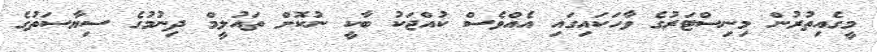
މީގެއިތުރުން މިނިސްޓަރުގެ ވާހަކައިގައި އެއްވެސް ކުއްޖަކު ބާކީ ނުކޮށް ތައުލީމް ދިނުމުގެ ސިޔާސަތުގެ